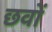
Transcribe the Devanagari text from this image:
छवों